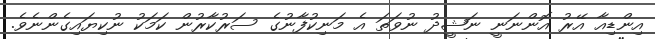
އިންޑިއާ އޭރު އޮންނަނީ ނަޝީދު ނުވަތަ އެ މަނިކުފާނުގެ ސަރުކާރުން ކަމަކު ނުކިޔައިގެންނެވެ.